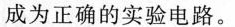
成为正确的实验电路。